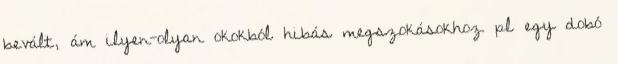
bevált, ám ilyen-olyan okokból hibás megszokásokhoz pl egy dobó